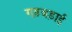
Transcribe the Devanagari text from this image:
गड़बड़ाई